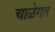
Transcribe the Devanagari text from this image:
चाळेगत